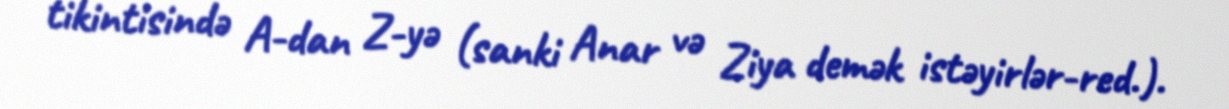
tikintisində A-dan Z-yə (sanki Anar və Ziya demək istəyirlər-red.).